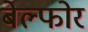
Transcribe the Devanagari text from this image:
बेल्फोर